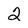
Character: 2